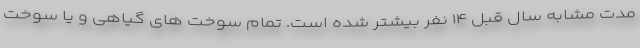
مدت مشابه سال قبل ۱۴ نفر بیشتر شده است. تمام سوخت های گیاهی و یا سوخت